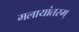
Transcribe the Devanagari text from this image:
मलायांतरम्‌